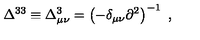
\Delta ^ { 3 3 } \equiv \Delta _ { \mu \nu } ^ { 3 } = \left( - \delta _ { \mu \nu } \partial ^ { 2 } \right) ^ { - 1 } \ ,